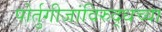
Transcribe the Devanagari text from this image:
पोर्तुगीजांविरुद्धच्या